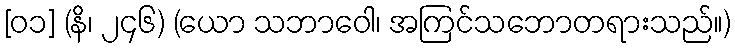
[၀၁] (နိ၊ ၂၄၆) (ယော သဘာဝေါ၊ အကြင်သဘောတရားသည်။)